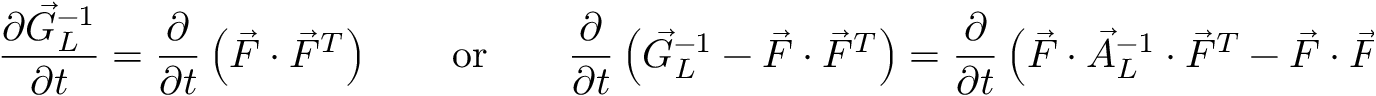
\frac { \partial \vec { G } _ { L } ^ { - 1 } } { \partial t } = \frac { \partial } { \partial t } \left( \vec { F } \cdot \vec { F } ^ { T } \right) \qquad \mathrm { o r } \qquad \frac { \partial } { \partial t } \left( \vec { G } _ { L } ^ { - 1 } - \vec { F } \cdot \vec { F } ^ { T } \right) = \frac { \partial } { \partial t } \left( \vec { F } \cdot \vec { A } _ { L } ^ { - 1 } \cdot \vec { F } ^ { T } - \vec { F } \cdot \vec { F } ^ { T } \right) = \boldsymbol { 0 } .